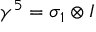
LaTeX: \gamma ^ { 5 } = \sigma _ { 1 } \otimes I